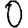
Digit: 0